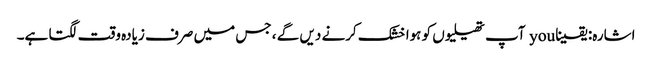
اشارہ: یقینا you آپ تھیلیوں کو ہوا خشک کرنے دیں گے ، جس میں صرف زیادہ وقت لگتا ہے۔